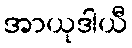
အာယုဒါယီ